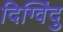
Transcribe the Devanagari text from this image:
दिग्विंदु